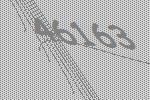
46163